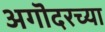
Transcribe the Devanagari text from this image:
अगॊदरच्या